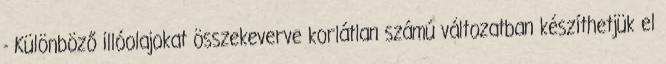
- Különböző illóolajokat összekeverve korlátlan számú változatban készíthetjük el